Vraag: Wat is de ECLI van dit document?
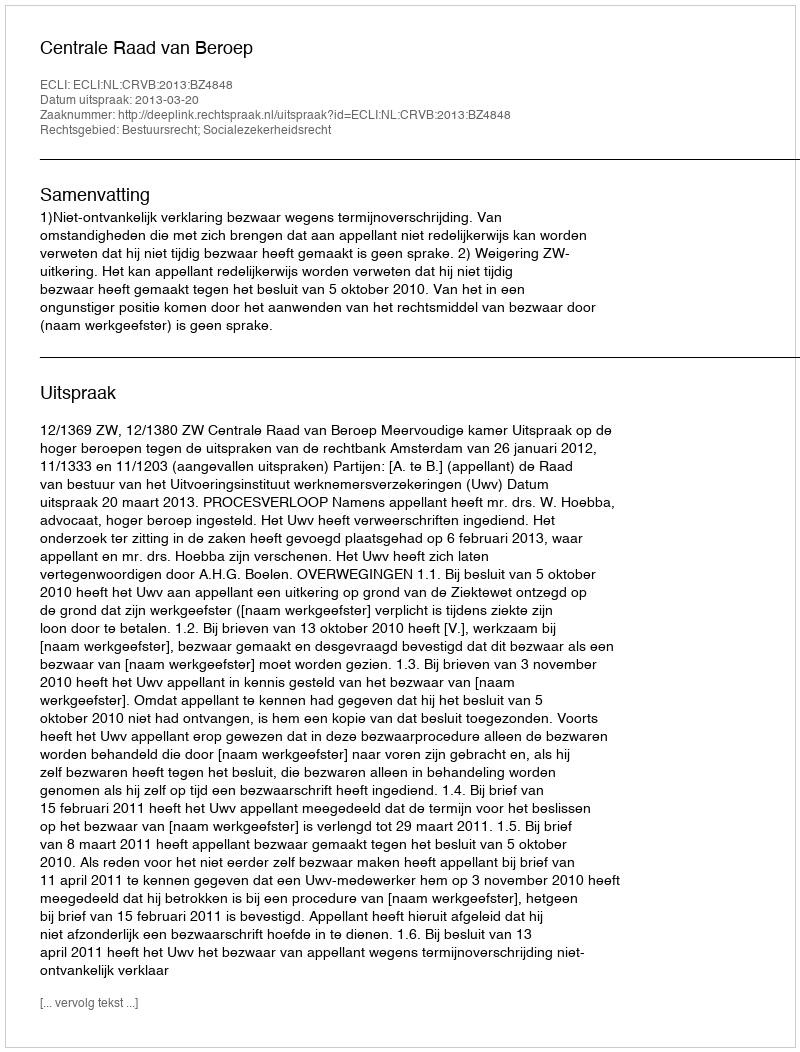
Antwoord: ECLI:NL:CRVB:2013:BZ4848